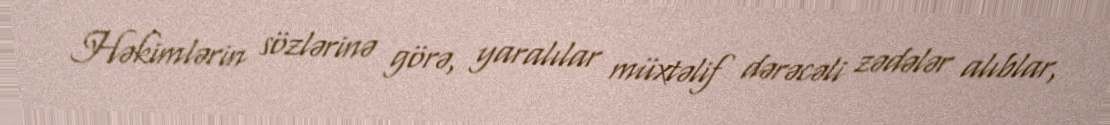
Həkimlərin sözlərinə görə, yaralılar müxtəlif dərəcəli zədələr alıblar,